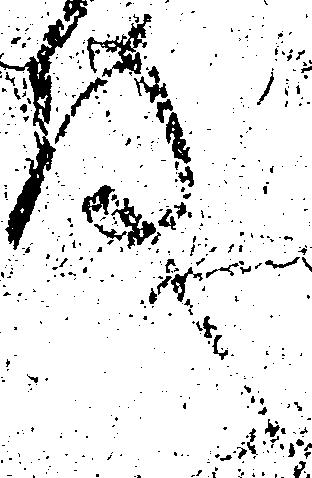
殿